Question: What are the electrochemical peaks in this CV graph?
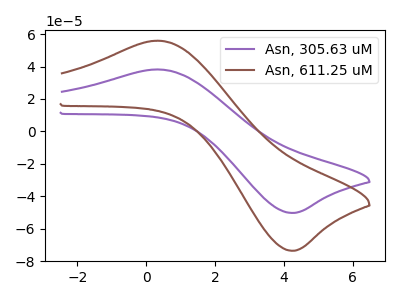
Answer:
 <answer>The purple curve "Asn, 305.63 uM" has an anodic peak at (0.35V, 38.20uA) and a cathodic peak at (4.20V, -50.25uA). The brown curve "Asn, 611.25 uM" has an anodic peak at (0.35V, 55.95uA) and a cathodic peak at (4.20V, -73.60uA).</answer>
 <eval></eval>